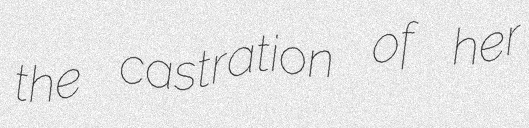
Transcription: the castration of her